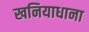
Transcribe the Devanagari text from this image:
खनियाधाना